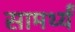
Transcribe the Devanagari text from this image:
सामर्थ्यं